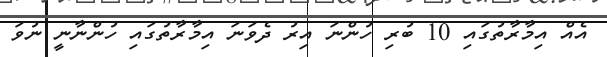
އެއް އިމާރާތުގައި 10 ބުރި ހުންނަ އިރު ދެވަނަ އިމާރާތުގައި ހުންނާނީ ނުވަ